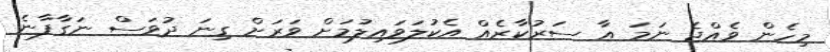
މިހެން ވެއްޖެ ނަމަ އާ ސަރުކާރެއް އެކުލަވައިލުމަށް ވަރަށް ގިނަ ދުވަސް ނަގާފާނެ